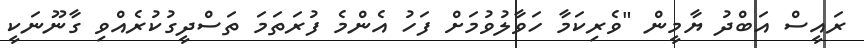
ރައީސް އަބްދު ޔާމީން "ވެރިކަމާ ހަވާލުވުމަށް ފަހު އެންމެ ފުރަތަމަ ތަސްދީގުކުރެއްވި ގާނޫނަކީ